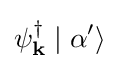
\psi _{\mathbf {k} }^{\dagger }\mid \alpha '\rangle